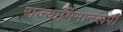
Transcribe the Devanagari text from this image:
राज्याभिमानरूपी